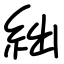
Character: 絀